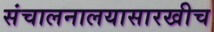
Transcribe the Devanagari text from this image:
संचालनालयासारखीच